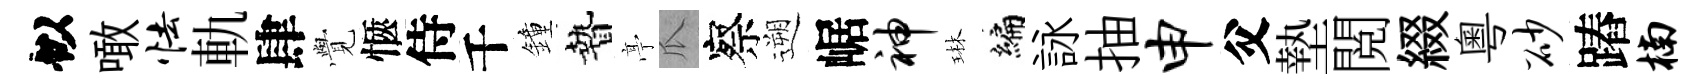
似噉怯軌肆𮗜愜侍千鐘贄𠅘瓜察遡崌神琳编詠抽申父墊閲綴粵砂蹖楠